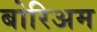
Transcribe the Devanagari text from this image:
बोरिअम